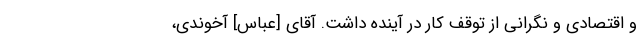
و اقتصادی و نگرانی از توقف کار در آینده داشت. آقای [عباس] آخوندی،